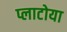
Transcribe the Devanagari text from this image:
प्लाटोया